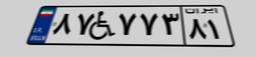
۸۷W۷۷۳۸۱